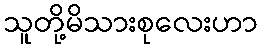
သူတို့မိသားစုလေးဟာ